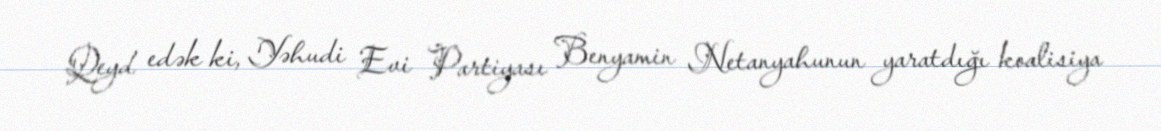
Qeyd edək ki, Yəhudi Evi Partiyası Benyamin Netanyahunun yaratdığı koalisiya